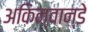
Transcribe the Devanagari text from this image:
अकिन्वान्डे